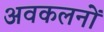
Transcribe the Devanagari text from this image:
अवकलनों